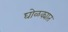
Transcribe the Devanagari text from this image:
घोळक्यात